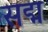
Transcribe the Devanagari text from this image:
सद्म